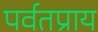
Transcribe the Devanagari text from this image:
पर्वतप्राय